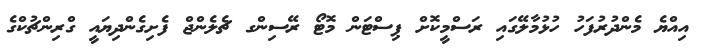
އިއްޔެ މެންދުރުފަހު ހުޅުމާލޭގައި ރަސްމީކޮށް ޕިސްޓަން މޮޓޯ ރޭސިންގ ޗެލެންޖް ފެށިގެންދިޔައީ ގްރިންޗުކްގެ